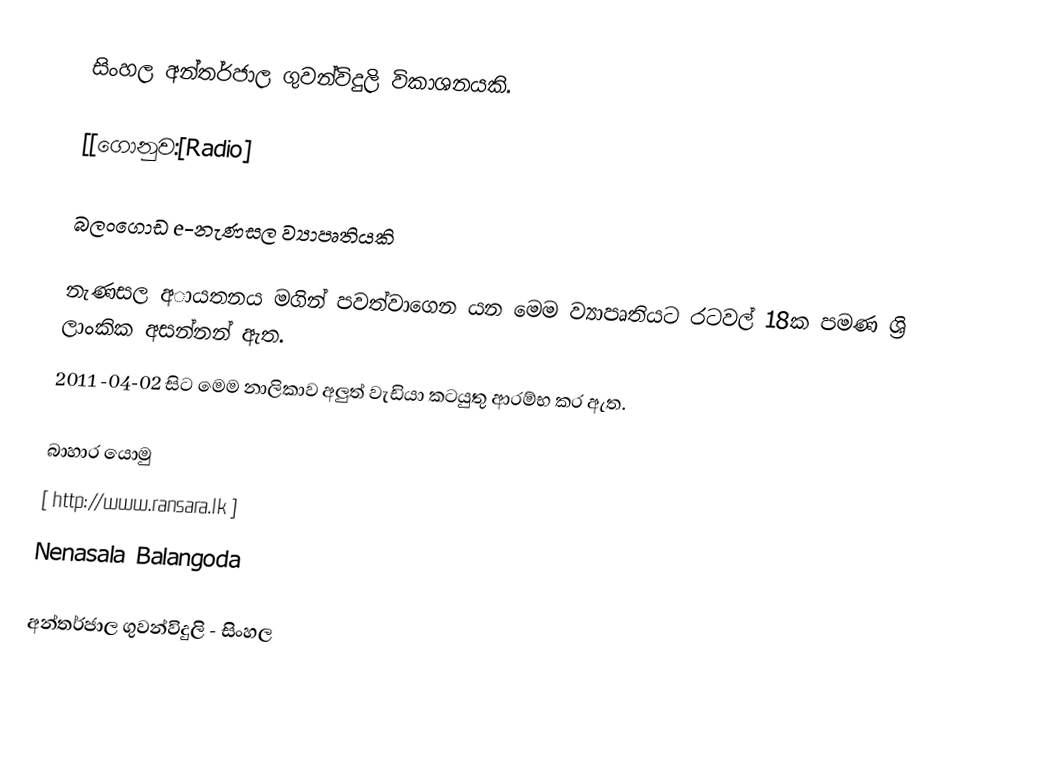
සිංහල අන්තර්ජාල ගුවන්විදුලි විකාශනයකි.

[[ගොනුව:[Radio]

බලංගොඩ e-නැණසල ව්‍යාපෘතියකි

නැණසල අායතනය මගින් පවත්වාගෙන යන මෙම ව්‍යාපෘතියට රටවල් 18ක පමණ ශ්‍රි ලාංකික අසන්නන‍් ඇත.
2011 -04-02 සිට මෙම නාලිකාව අලුත් වැඩියා කටයුතු ආරම්භ කර ඇත.

බාහාර යොමු
 [ http://www.ransara.lk ]
 Nenasala Balangoda

අන්තර්ජාල ගුවන්විදුලි - සිංහල